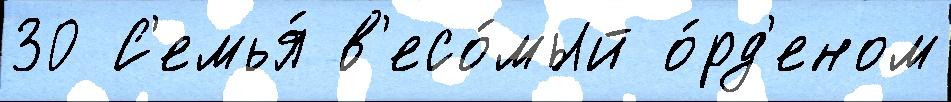
30 С'емья́ в'есо́мый о́рд'еном